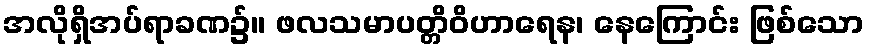
အလိုရှိအပ်ရာခဏ၌။ ဖလသမာပတ္တိဝိဟာရေန၊ နေကြောင်း ဖြစ်သော